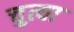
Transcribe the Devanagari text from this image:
चुत्या